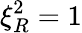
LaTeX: \xi_{R}^{2}=1